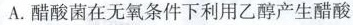
A.醋酸菌在无氧条件下利用乙醇产生醋酸